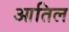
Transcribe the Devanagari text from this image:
आतिल